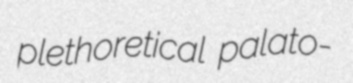
plethoretical palato-